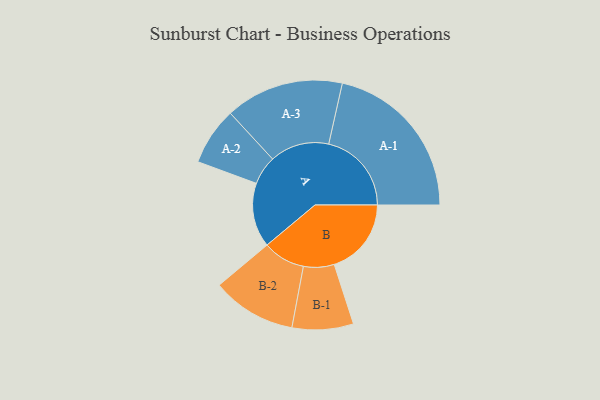
{"axis": {"x": "Segment", "y": "Value"}, "legend": ["", "A", "B"], "data": [{"x": "A", "y": 227, "type": ""}, {"x": "B", "y": 272, "type": ""}, {"x": "A-1", "y": 292, "type": "A"}, {"x": "A-2", "y": 102, "type": "A"}, {"x": "A-3", "y": 209, "type": "A"}, {"x": "B-1", "y": 108, "type": "B"}, {"x": "B-2", "y": 149, "type": "B"}]}